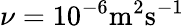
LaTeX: \nu=10^{-6}\mathrm{m^{2}s^{-1}}